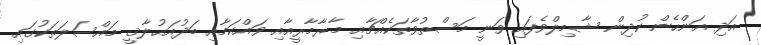
އަދި އަންހެން ކުދިން ޝާމިލްވެފައި ވަނީ މަސްތުވާތަކެއްޗާއި މާރާމާރީއާއި ވައްކަމާއި ބަދުއަޙުލާޤީ މައްސަލަތަކުގައި